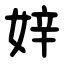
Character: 㛙